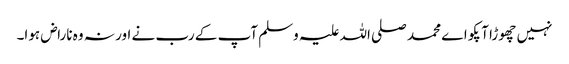
نہیں چھوڑا آپکو اے محمد صلی اللہ علیہ وسلم آپ کے رب نے اور نہ وہ ناراض ہوا۔